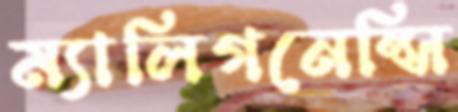
ম্যালিগনেন্সি